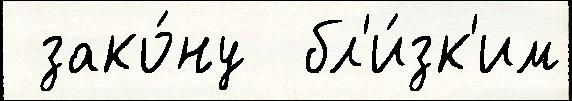
 зако́ну  бл'и́зк'им